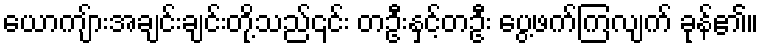
ယောကျ်ားအချင်းချင်းတို့သည်၎င်း တဦးနှင့်တဦး ပွေ့ဖက်ကြလျက် ခုန်၏။